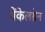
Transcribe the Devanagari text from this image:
मेंकेलग्रेन